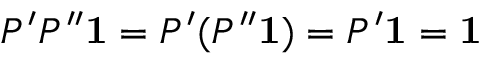
P ^ { \prime } P ^ { \prime \prime } \mathbf { 1 } = P ^ { \prime } ( P ^ { \prime \prime } \mathbf { 1 } ) = P ^ { \prime } \mathbf { 1 } = \mathbf { 1 }